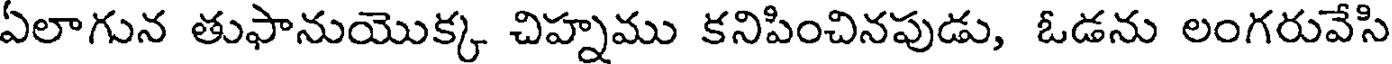
ఏలాగున తుఫానుయొక్క చిహ్నము కనిపించినపుడు, ఓడను లంగరువేసి